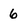
Character: 6